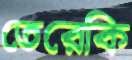
তেরেকি